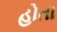
હોતા